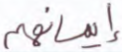
إيمانهم